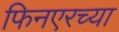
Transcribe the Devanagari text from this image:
फिनएरच्या